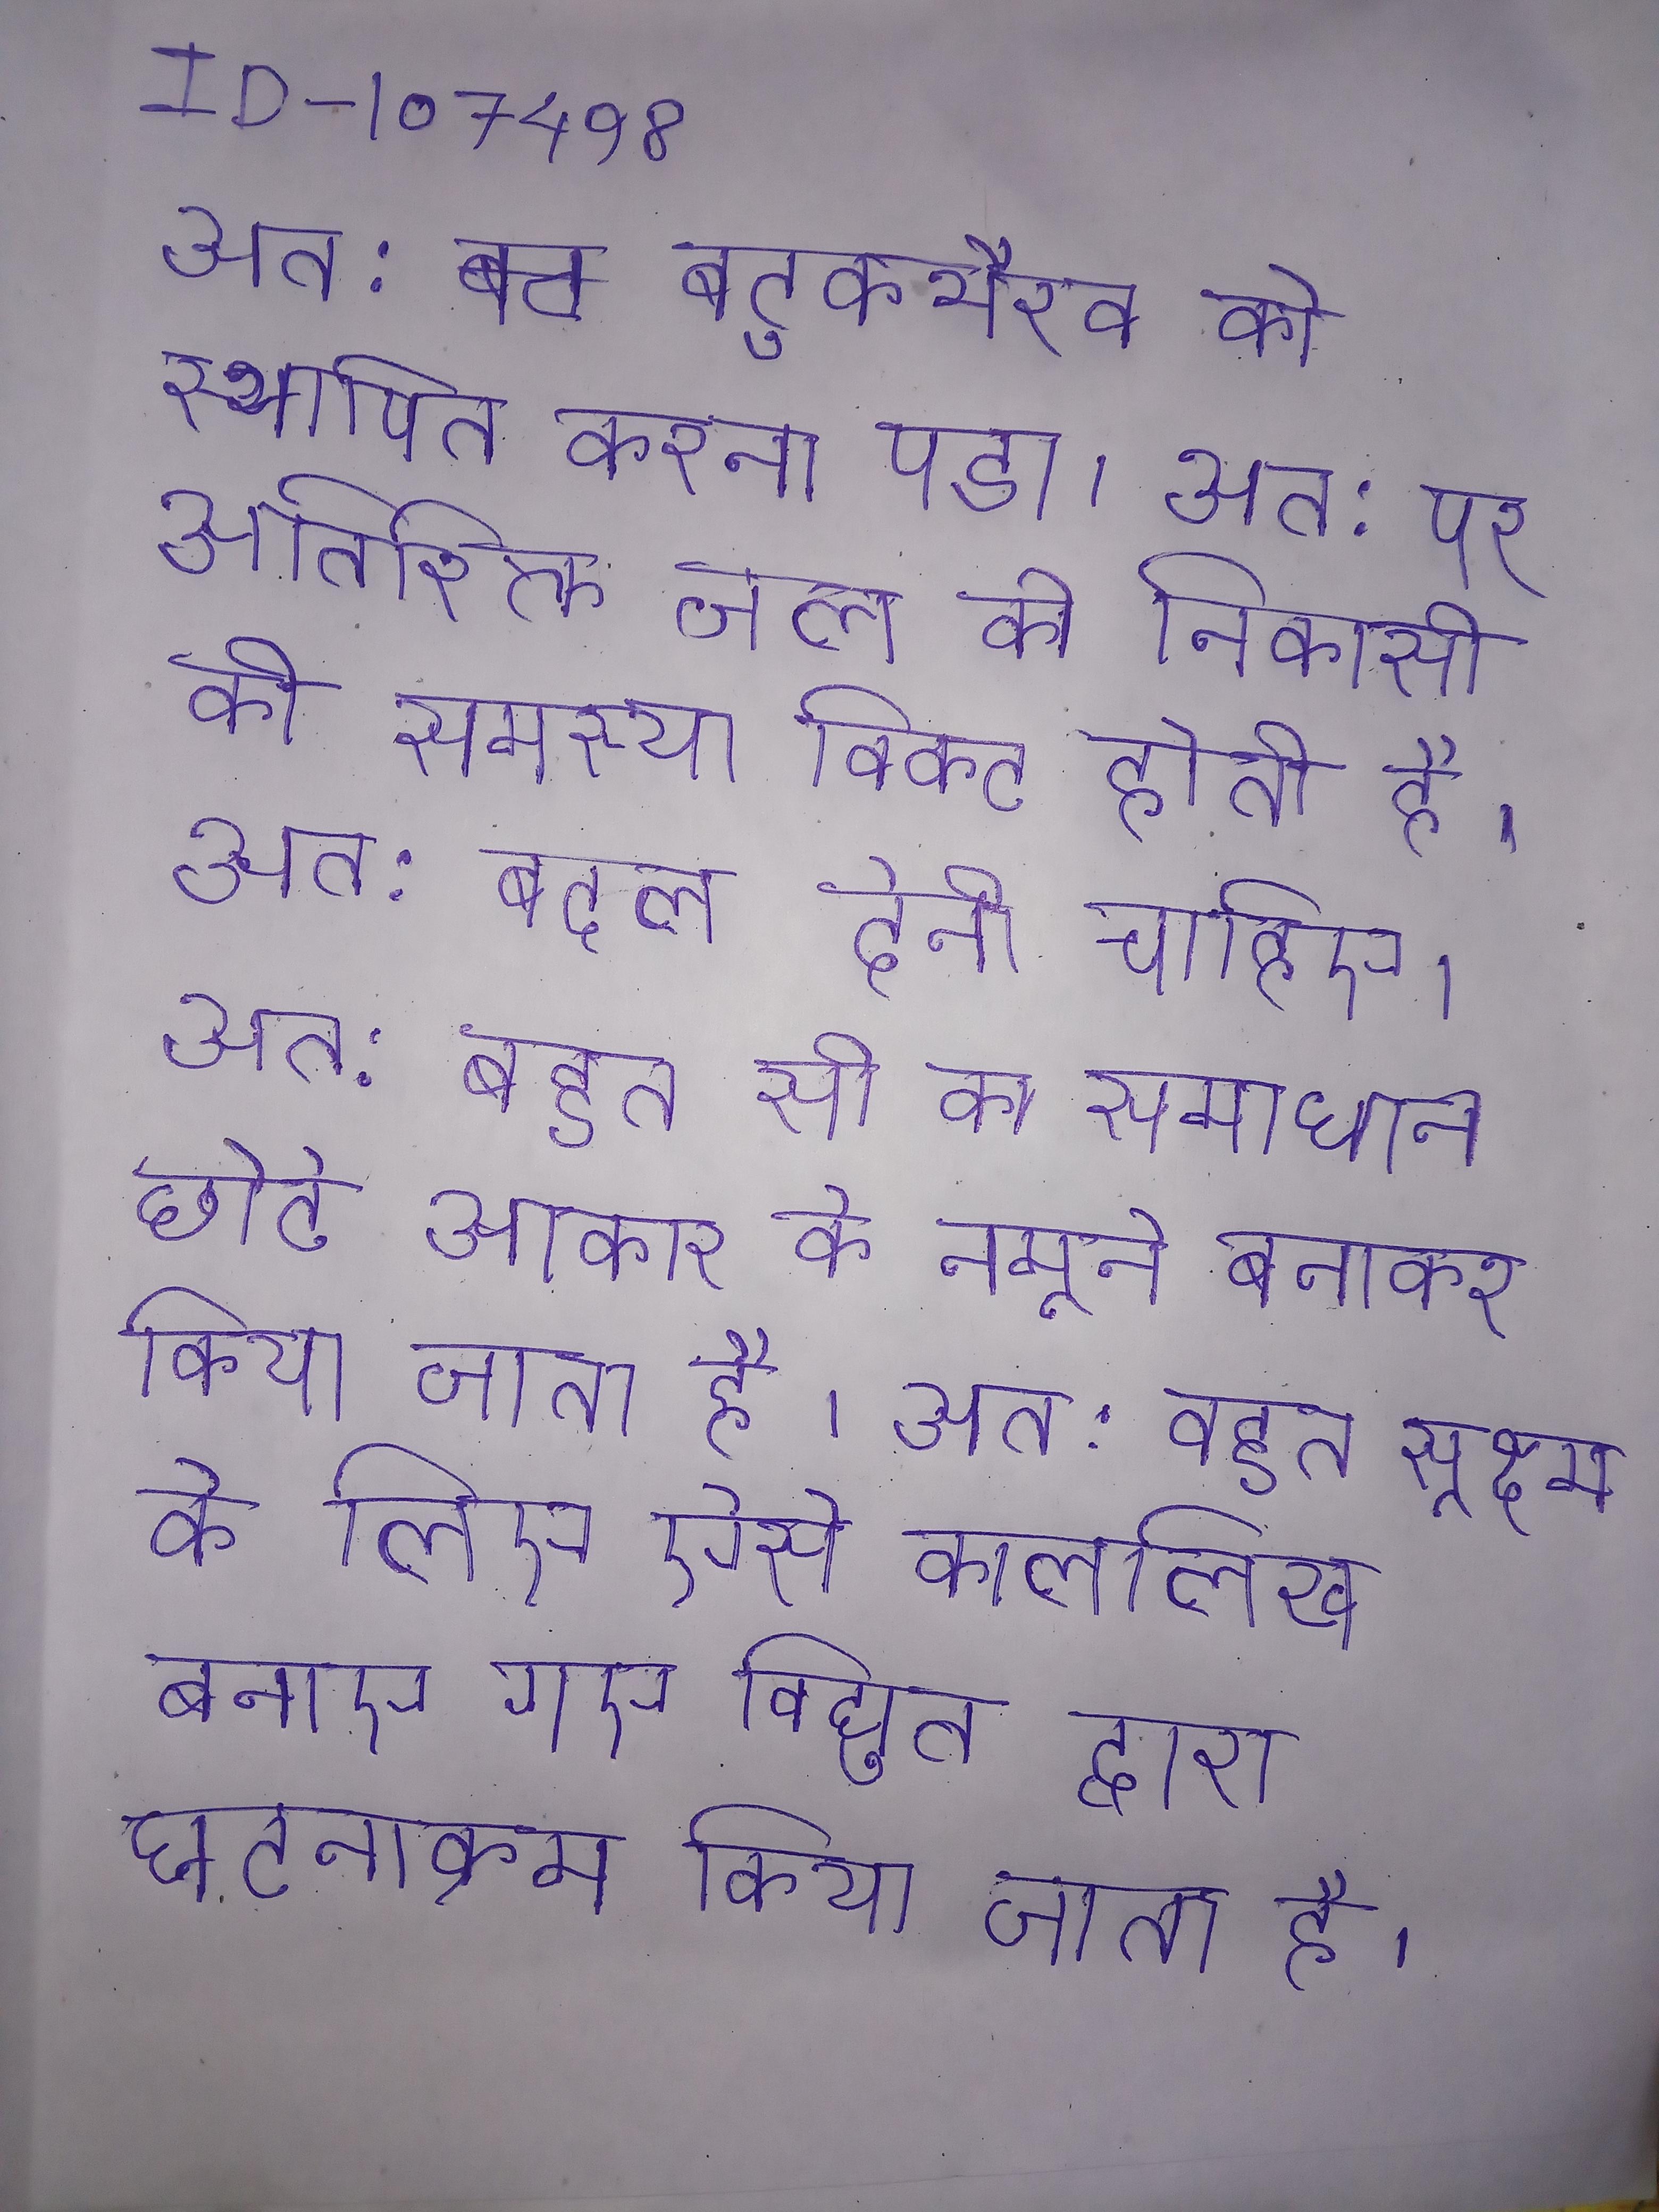
अत:बटुकभैरव को स्थापित करना पडा । अत: पर अतिरिक्त जल की निकासी की समस्या विकट होती है । अत: बदल देनी चाहिए । अत: बहुत सी का समाधान छोटे प्रतिरूप अर्थात् छोटे आकार के नमूने बनाकर किया जाता है । अत: बहुत सूक्ष्म के लिए ऐसे काललिख बनाए गए विद्युत द्वारा घटनाक्रम किया जाता है ।